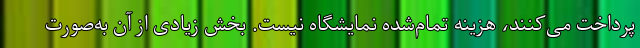
پرداخت می‌کنند، هزینه تمام‌شده نمایشگاه نیست. بخش زیادی از آن به‌صورت